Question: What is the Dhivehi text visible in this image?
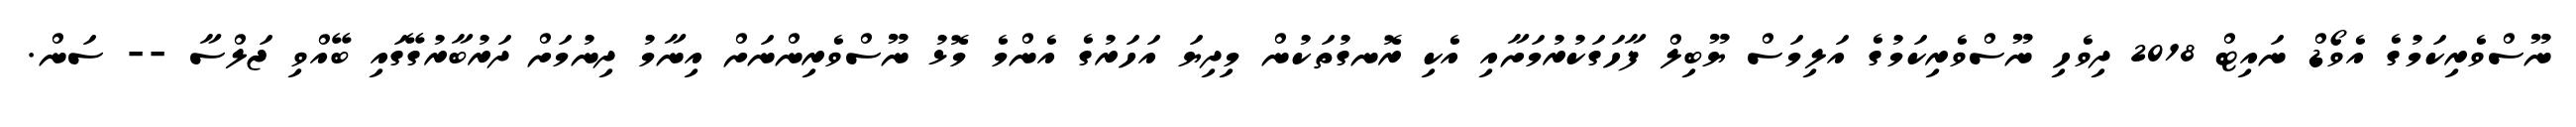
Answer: ނޫސްވެރިކަމުގެ އެވޯޑް ނައިޓް 2018 ދިވެހި ނޫސްވެރިކަމުގެ އަލިމަސް ޔޫބިލް ފާހަގަކުރުމަށާއި އެކި ރޮނގުތަކުން މިދިޔަ އަހަރުގެ އެންމެ މޮޅު ނޫސްވެރިންނަށް އިނާމު ދިނުމަށް ދަރުބާރުގޭގައި ބޭއްވި ޖަލްސާ -- ސަން.